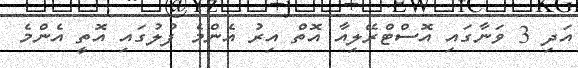
އަދި 3 ވަނާގައި އޮސްޓްރޭލިއާ އޮތް އިރު އެންމެ ފުލުގައި އޮތީ އެންމެ